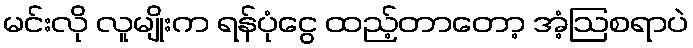
မင်းလို လူမျိုးက ရန်ပုံငွေ ထည့်တာတော့ အံ့ဩစရာပဲ